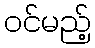
ဝင်မည့်